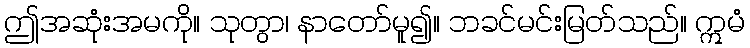
ဤအဆုံးအမကို။ သုတွာ၊ နာတော်မူ၍။ ဘခင်မင်းမြတ်သည်။ ဣမံ